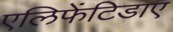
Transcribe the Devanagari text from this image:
एलिफेंटिडाए